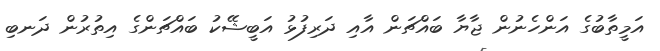
އަމީތާބުގެ އަންހެނުން ޖާޔާ ބައްޗަން އާއި ދަރިފުޅު އަބީޝޭކު ބައްޗަންގެ އިތުރުން ދަނބި